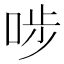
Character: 𠳤